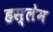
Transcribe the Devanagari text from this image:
हस्लेम